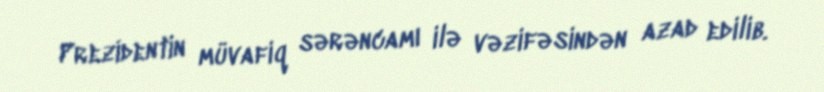
Prezidentin müvafiq sərəncamı ilə vəzifəsindən azad edilib.